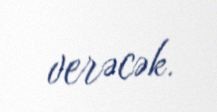
verəcək.